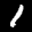
Label: 1